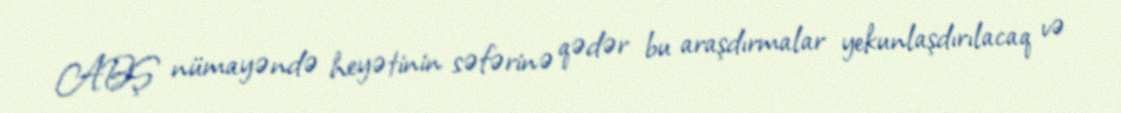
ABŞ nümayəndə heyətinin səfərinə qədər bu araşdırmalar yekunlaşdırılacaq və